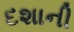
દશાની